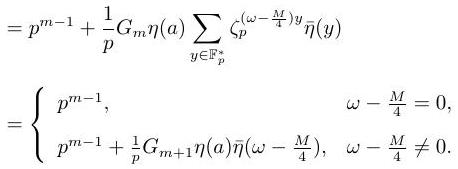
\begin{align*}
&=p^{m - 1}+\frac{1}{p}G_m\eta(a)\sum_{y\in\mathbb{F}_p^*}\zeta_p^{(\omega-\frac{M}{4})y}\overline{\eta}(y)\\
&= \begin{cases}
p^{m - 1},&\omega-\frac{M}{4}=0,\\
p^{m - 1}+\frac{1}{p}G_{m + 1}\eta(a)\overline{\eta}(\omega-\frac{M}{4}),&\omega-\frac{M}{4}\neq0.
\end{cases}
\end{align*}